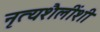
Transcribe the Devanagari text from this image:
नृत्यशैलींशी